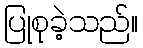
ပြုစုခဲ့သည်။